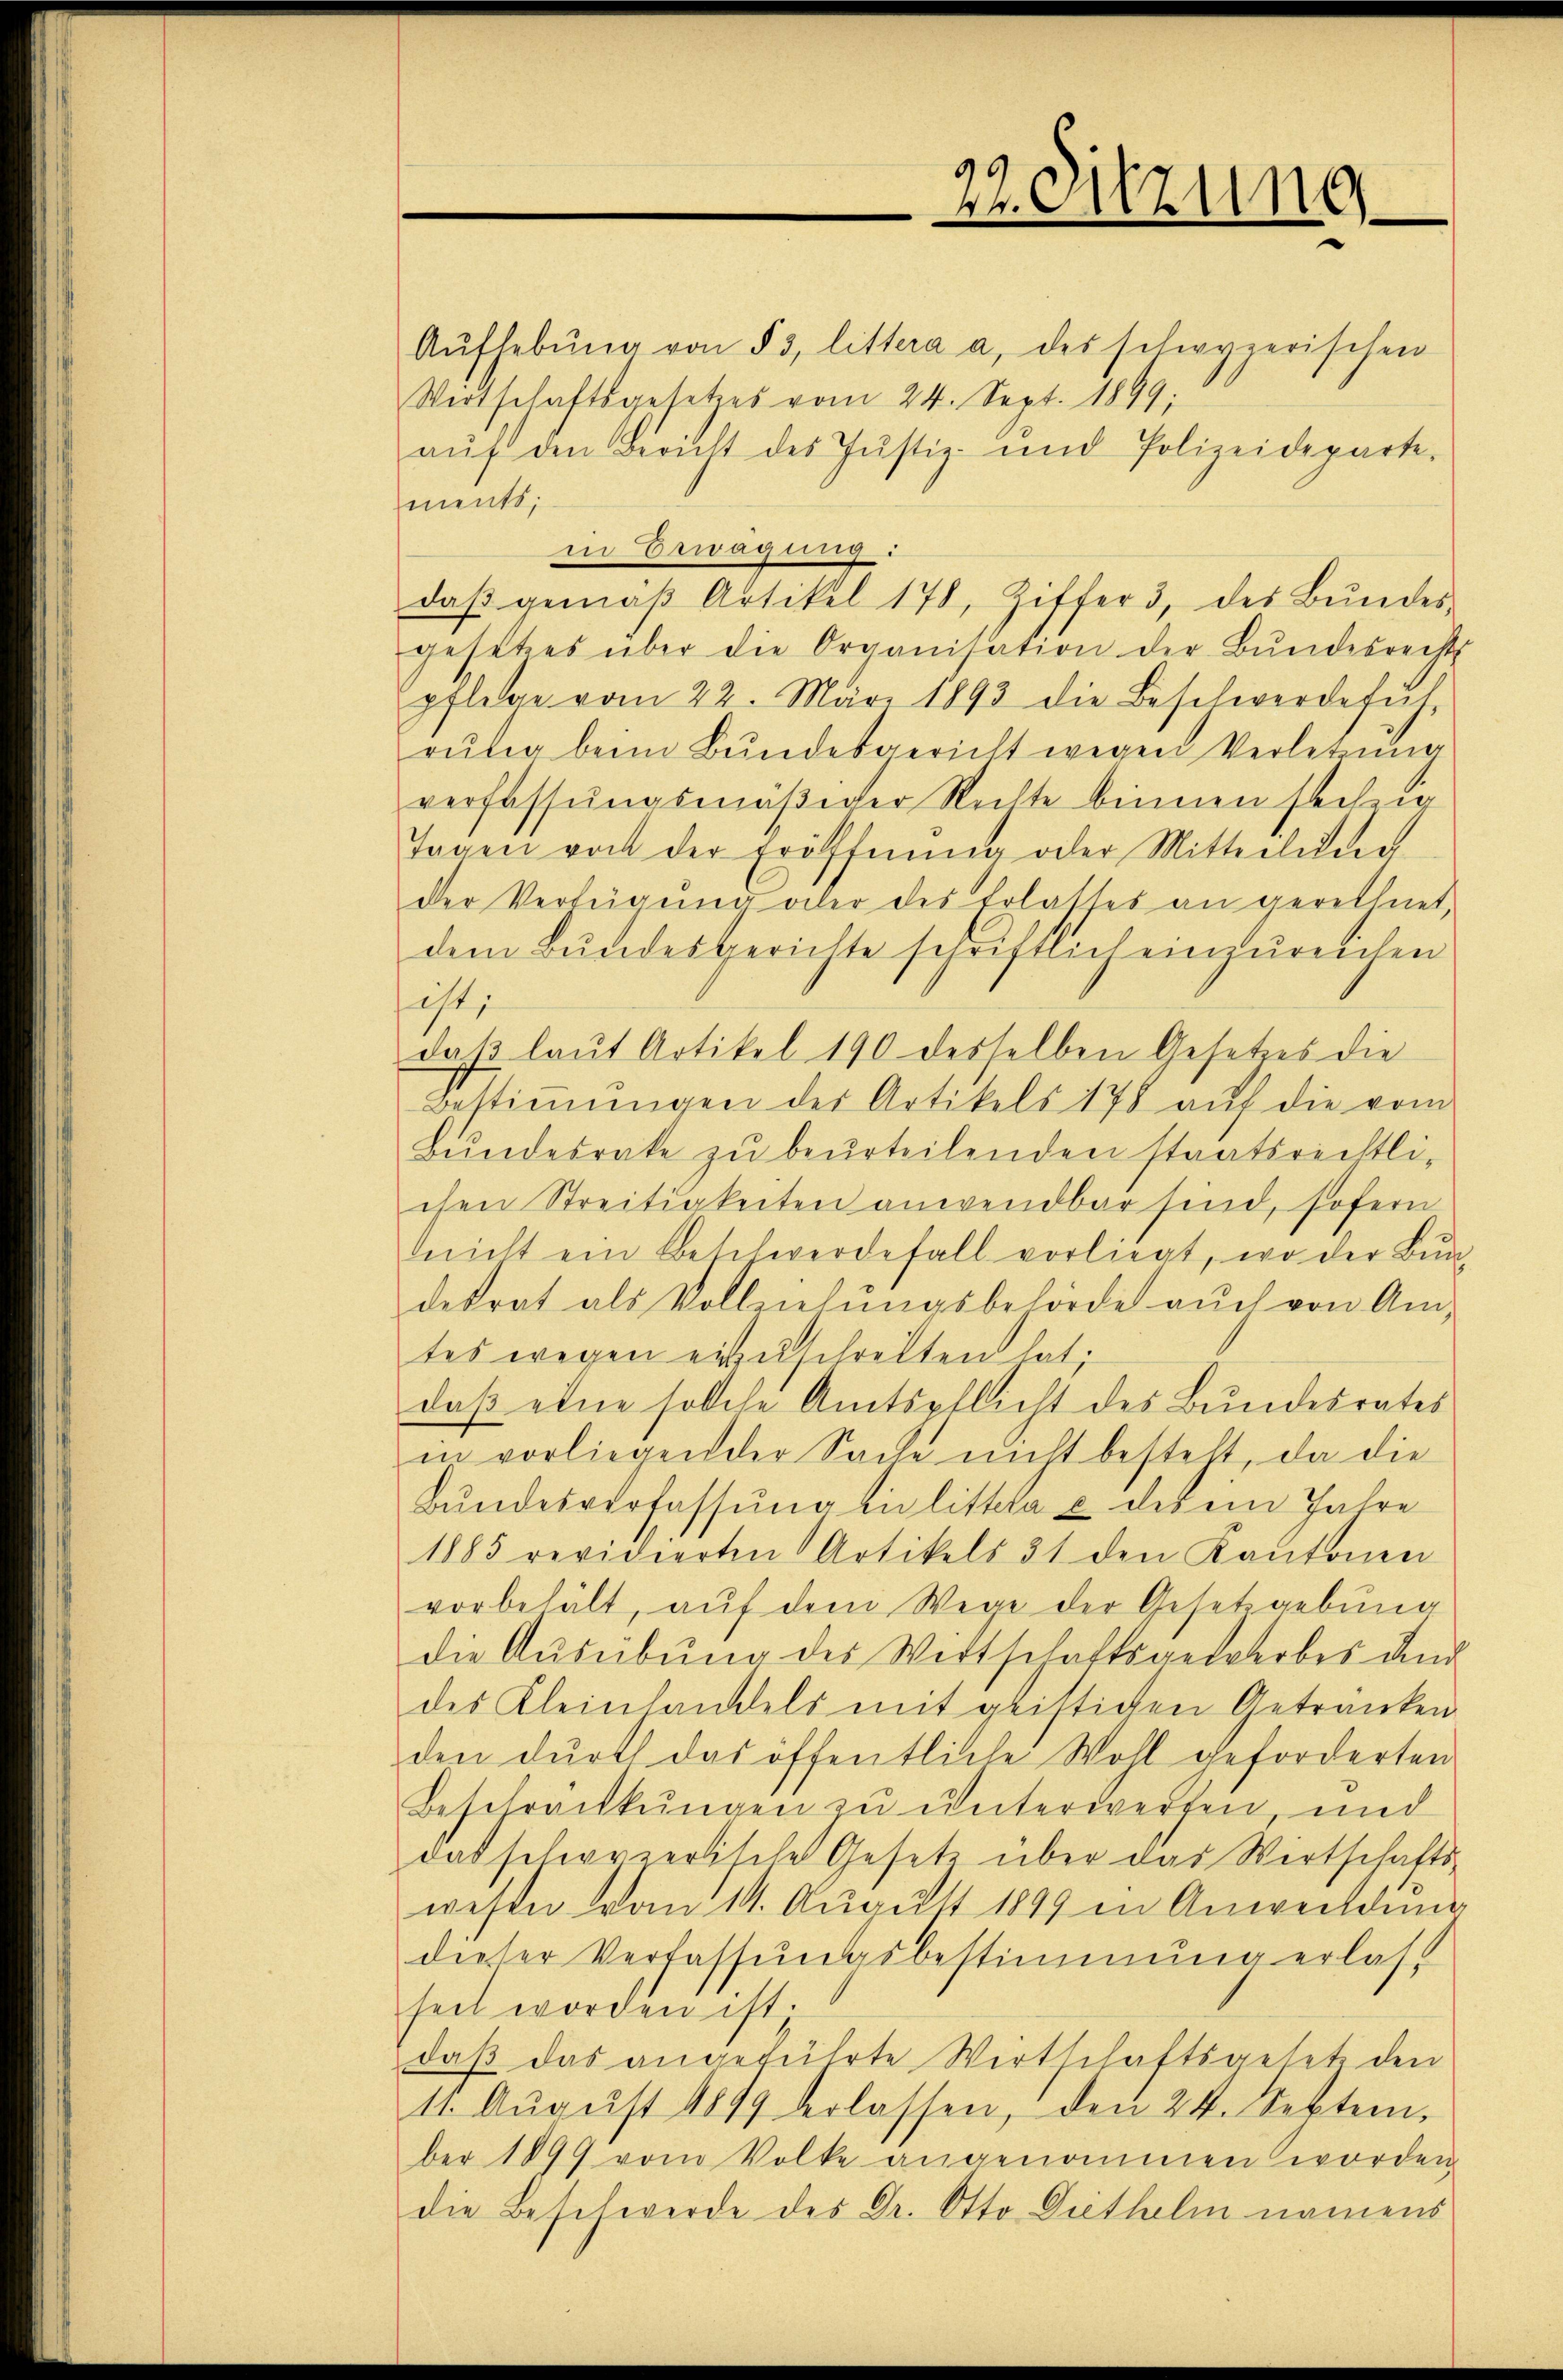
daβ gemäβ Artikel 178, Ziffer 3, des Bŭndes-

22. Sitzung

Aŭfhebŭng von § 3, littera a. des schwyzerischen
Wertschaftsgesetzes vom 24. Sept. 1899;
aŭf den Bericht des Justiz- und Polizeideparte.
ments;
in Erwägung:
gesetzes über die Organisation der Bŭndesrechts
pflege vom 22. März 1893 die Beschwerdefüh
rŭng beim Bundesgericht wegen Verletzung
verfassungsmäßiger Rechte binnen seitig
Tagen von der Eröffnŭng oder Mitteilung
der Verfügŭng aber des Erlasses an gerechnet,
dem Bundesgerichte schriftlich einzureichen
ist;
daß laut Artikel 190 desselben Gesetzes die
Bestiṁŭngen der Artikels 178 aŭf die vom
Bundesrate zu beurteilenden staatsrechtlichen Streitigkeiten anwendbar sind, sofern
lnicht ein Beschwerde fall vorliegt, wo der Bŭn
desrat als Vollziehŭngsbehörde aŭch von Am
tes wegen einerschreiten hat.
daß eine solche Amtspflicht des Bundesrates
in vorliegender Sache nicht besteht, da die
Bŭndesverfassŭng ein littela u des ein Jahre
1885 revidierten Artikels 31 den Kantonen
vorbehält, auf dem Wege der Gesetzgebung
die Aŭsübŭng des Wertschaftsgewerbes und
des Kleinhandels mit geistigen Getränken
den dŭrch das öffentliche Wohl geforderten
Beschränkungen zu unterwerfen, und
das schwyzerische Gesetz über das Wertschafts-
wesen vom 14. August 1899 in Anweildung
dieser Verfassŭngsbestimmung erlasseit worden ist.
daβ das angeführte Wirtschaftsgesetz den
11. Aŭgŭst 1849 verlassen, den 24. Septem
ber 1899 vom Volke angenommen worden.
die Beschwerde des Dr. Otto. Diethelm namens